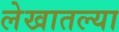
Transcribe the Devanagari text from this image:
लेखातल्या